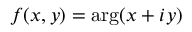
f ( x , y ) = \arg ( x + i y )